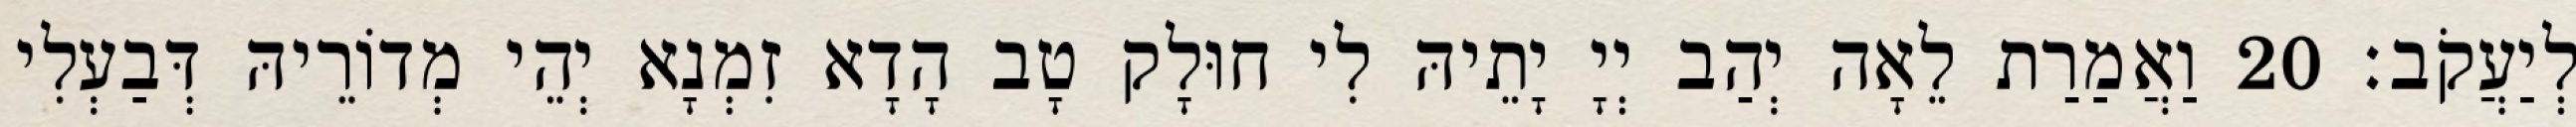
לְיַעֲקֹב׃ 20 וַאֲמַרַת לֵאָה יְהַב יְיָ יָתֵיהּ לִי חוּלָק טָב הָדָא זִמְנָא יְהֵי מְדוֹרֵיהּ דְּבַעְלִי